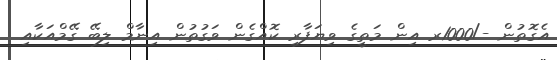
އެގޮތުން -/1000ރ އިން މަތީގެ ވިޔަފާރި ކޮއްގެން ވަގުތުން އިނާމް ލިބޭ ގޭމްއަކާއި